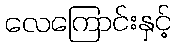
လေကြောင်းနှင့်